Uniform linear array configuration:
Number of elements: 32
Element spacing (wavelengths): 1
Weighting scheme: hamming
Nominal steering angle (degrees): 60
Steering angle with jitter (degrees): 60.66
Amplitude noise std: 0.05
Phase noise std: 0.05

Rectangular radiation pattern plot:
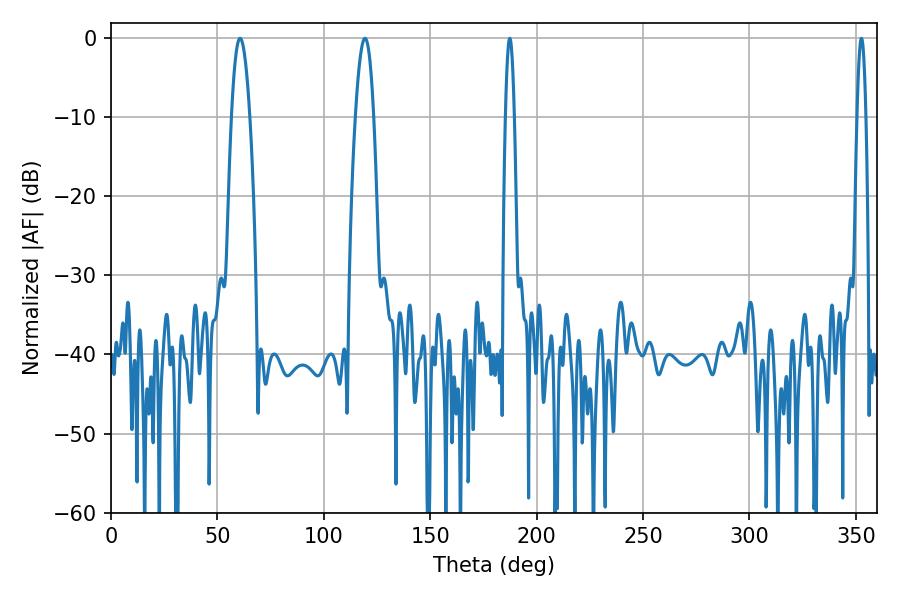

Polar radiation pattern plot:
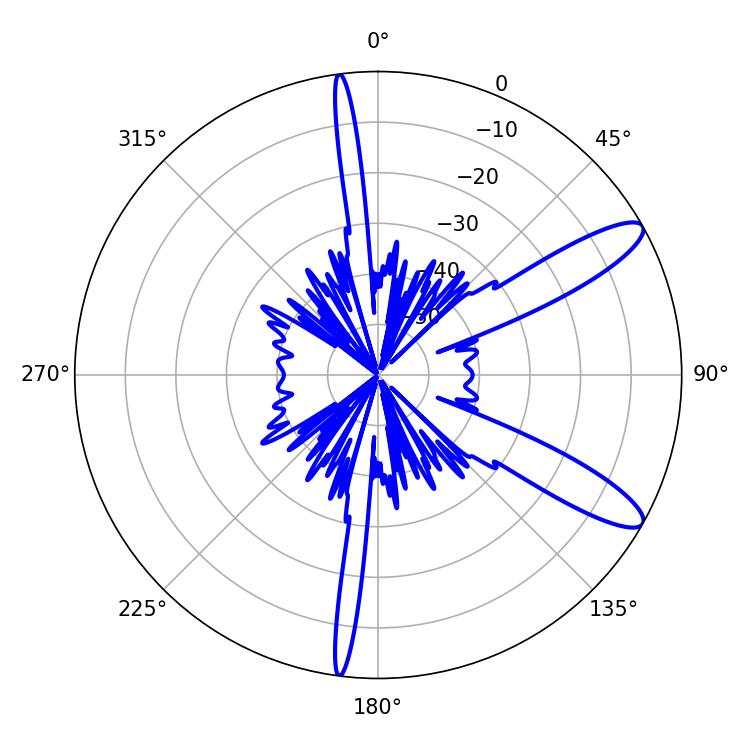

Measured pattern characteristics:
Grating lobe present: TRUE
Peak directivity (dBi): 11.396
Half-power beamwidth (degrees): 2.16
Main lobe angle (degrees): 187.38